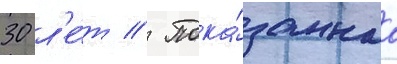
30 л'е́т // Пока́заннаа